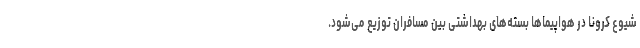
شیوع کرونا در هواپیماها بسته‌های بهداشتی بین مسافران توزیع می‌شود.